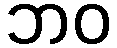
ဘဝ